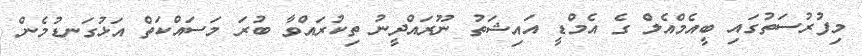
މިފުރުސަތުގައި ބީއެމްއެލް ގެ އެމްޑީ އައިޝަތު ނޫރައްދީނު ތިކުރައްވާ ބުރަ މަސައްކަތް އަޅުގަނޑުމެން